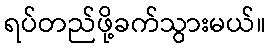
ရပ်တည်ဖို့ခက်သွားမယ်။